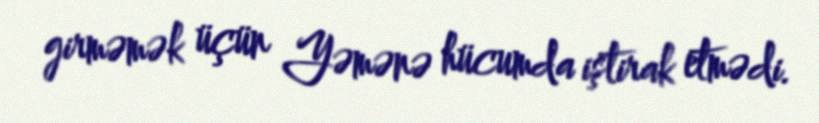
girməmək üçün Yəmənə hücumda iştirak etmədi.